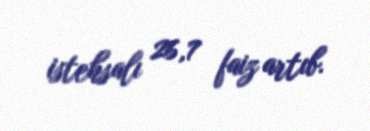
istehsalı 26,7 faiz artıb.